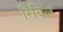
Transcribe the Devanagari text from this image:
रिविल